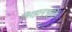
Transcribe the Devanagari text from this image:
विरहानुभूति।